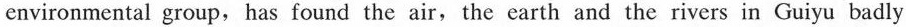
environmental group, has found the air,the earth and the rivers in Guiyu badly